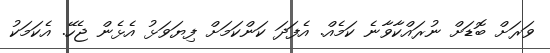
ވަރަށް ބޮޑަށް ނުރައްކާވާނެ ކަމެއް. އެފަދަ ކަންކަމަށް ފިޔަވަޅު އެޅެން ޖެހޭ. އެކަމަކު